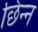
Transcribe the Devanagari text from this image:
छिन्‍न